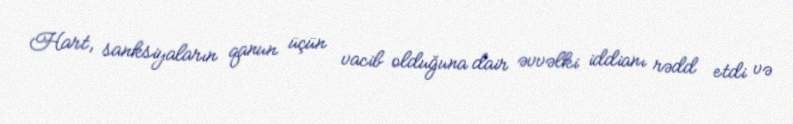
Hart, sanksiyaların qanun üçün vacib olduğuna dair əvvəlki iddianı rədd etdi və